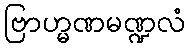
ဗြာဟ္မဏမဏ္ဍလံ